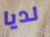
لديا